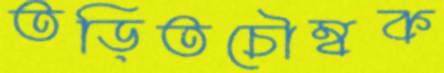
তড়িতচৌম্বক